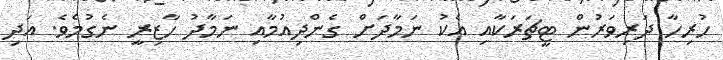
ހުރިހާ ދަރިވަރުން ޓީޗަރަކާއި އެކު ނަމާދަށް ގެންދިއުމާއި ނަމާދު ހާޒިރީ ނެގުމެވެ. އަދި